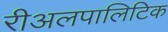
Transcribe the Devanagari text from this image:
रीअलपालिटिक